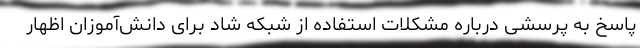
پاسخ به پرسشی درباره مشکلات استفاده از شبکه شاد برای دانش‌آموزان اظهار